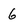
Character: 6